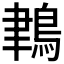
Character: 𪁀